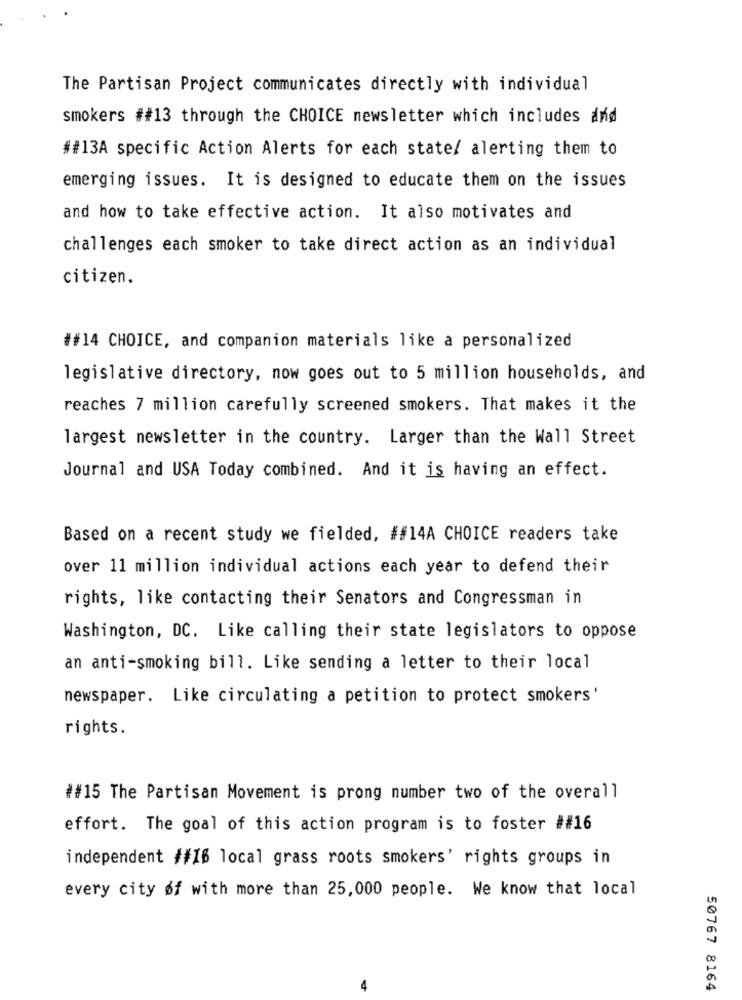
The Partisan Project communicates directly with individual
smokers ##13 through the CHOICE newsletter which includes and
##13A specific Action Alerts for each state/ alerting them to
emerging issues. It is designed to educate them on the issues
and how to take effective action. It also motivates and
challenges each smoker to take direct action as an individual
citizen.
##14 CHOICE, and companion materials like a personalized
legislative directory, now goes out to 5 million households, and
reaches 7 million carefully screened smokers. That makes it the
largest newsletter in the country. Larger than the Wall Street
Journal and USA Today combined. And it is having an effect.
Based on a recent study we fielded, ##14A CHOICE readers take
over 11 million individual actions each year to defend their
rights, like contacting their Senators and Congressman in
Washington, DC. Like calling their state legislators to oppose
an anti-smoking bill. Like sending a letter to their local
newspaper. Like circulating a petition to protect smokers'
rights.
##15 The Partisan Movement is prong number two of the overall
effort. The goal of this action program is to foster ##16
independent #16 local grass roots smokers' rights groups in
every city of with more than 25, 000 people. We know that local
50767 8164